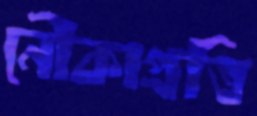
নৌকাপ্রতি